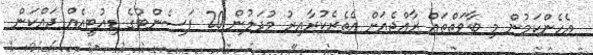
އެހެންކަމުން މި ބާވަތްތައް ރާއްޖެއަށް އެތެރެކުރާއިރު މުދަލުން 20 ޕަސެންޓުގެ ޑިއުޓީއެއް ދައްކަން